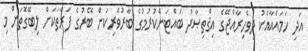
އަދި ހަމައެއާއެކު ދިވެހިރާއްޖޭގެ އިޤްތިޞާދު ބައްޓަންކުރުމުގެ ބާރުވެރިކަން ބޭރުގެ ފަރާތަކަށް ލިބޭގޮތަށް މި